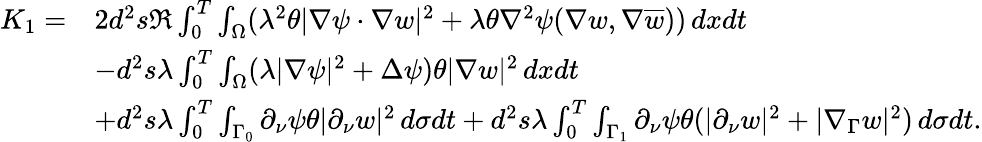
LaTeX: \begin{array}{rl}{K_{1}=}&{2d^{2}s\Re\int_{0}^{T}\int_{\Omega}(\lambda^{2}\theta|\nabla\psi\cdot\nabla w|^{2}+\lambda\theta\nabla^{2}\psi(\nabla w,\nabla\overline{{w}}))\, dxdt}\\ &{-d^{2}s\lambda\int_{0}^{T}\int_{\Omega}(\lambda|\nabla\psi|^{2}+\Delta\psi)\theta|\nabla w|^{2}\, dxdt}\\ &{+d^{2}s\lambda\int_{0}^{T}\int_{\Gamma_{0}}\partial_{\nu}\psi\theta|\partial_{\nu}w|^{2}\, d\sigma dt+d^{2}s\lambda\int_{0}^{T}\int_{\Gamma_{1}}\partial_{\nu}\psi\theta(|\partial_{\nu}w|^{2}+|\nabla_{\Gamma}w|^{2})\, d\sigma dt.}\end{array}